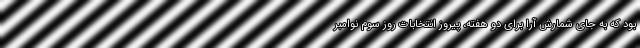
بود که به جای شمارش آرا برای دو هفته، پیروز انتخابات روز سوم نوامبر